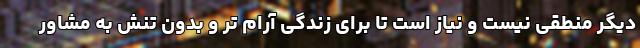
دیگر منطقی نیست و نیاز است تا برای زندگی آرام تر و بدون تنش به مشاور